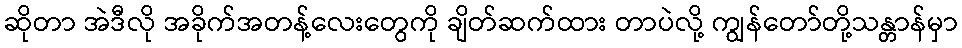
ဆိုတာ အဲဒီလို အခိုက်အတန့်လေးတွေကို ချိတ်ဆက်ထား တာပဲလို့ ကျွန်တော်တို့သန္တာန်မှာ